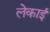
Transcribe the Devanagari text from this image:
लेकाई